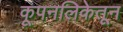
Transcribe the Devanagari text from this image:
कूपनलिकेतून